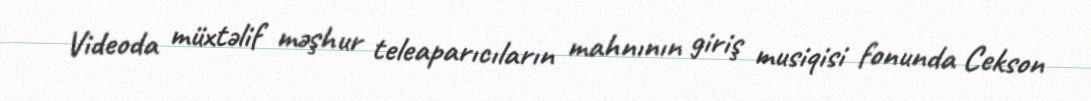
Videoda müxtəlif məşhur teleaparıcıların mahnının giriş musiqisi fonunda Cekson